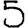
Digit: 5